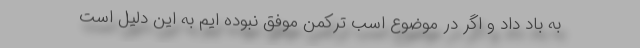
به باد داد و اگر در موضوع اسب ترکمن موفق نبوده ایم به این دلیل است